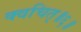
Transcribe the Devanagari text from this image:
क्वचित्॥६॥